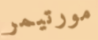
مورتيمر